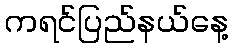
ကရင်ပြည်နယ်နေ့